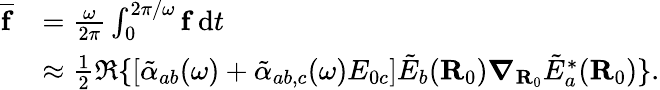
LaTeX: \begin{array}{rl}{\overline{{\mathbf{f}}}}&{=\frac{\omega}{2\pi}\int_{0}^{2\pi/\omega}\mathbf{f}\, \mathrm{d}t}\\ &{\approx\frac{1}{2}\Re\{ [\tilde{\alpha}_{ab}(\omega)+\tilde{\alpha}_{ab,c}(\omega)E_{0c}]\tilde{E}_{b}(\mathbf{R}_{0})\boldsymbol{\nabla}_{\mathbf{R}_{0}}\tilde{E}_{a}^{\ast}(\mathbf{R}_{0})\} .}\end{array}